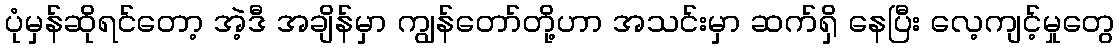
ပုံမှန်ဆိုရင်တော့ အဲ့ဒီ အချိန်မှာ ကျွန်တော်တို့ဟာ အသင်းမှာ ဆက်ရှိ နေပြီး လေ့ကျင့်မှုတွေ